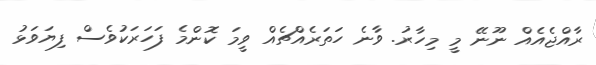
ރާއްޖެއެއް ނޫނޭ މީ މިހާރު. ވާނެ ހަތަރެއްޗެއް ވީމަ ކޮންމެ ފަހަރަކުވެސް ފިޔަވަޅު